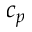
c _ { p }